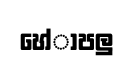
හේාපලු